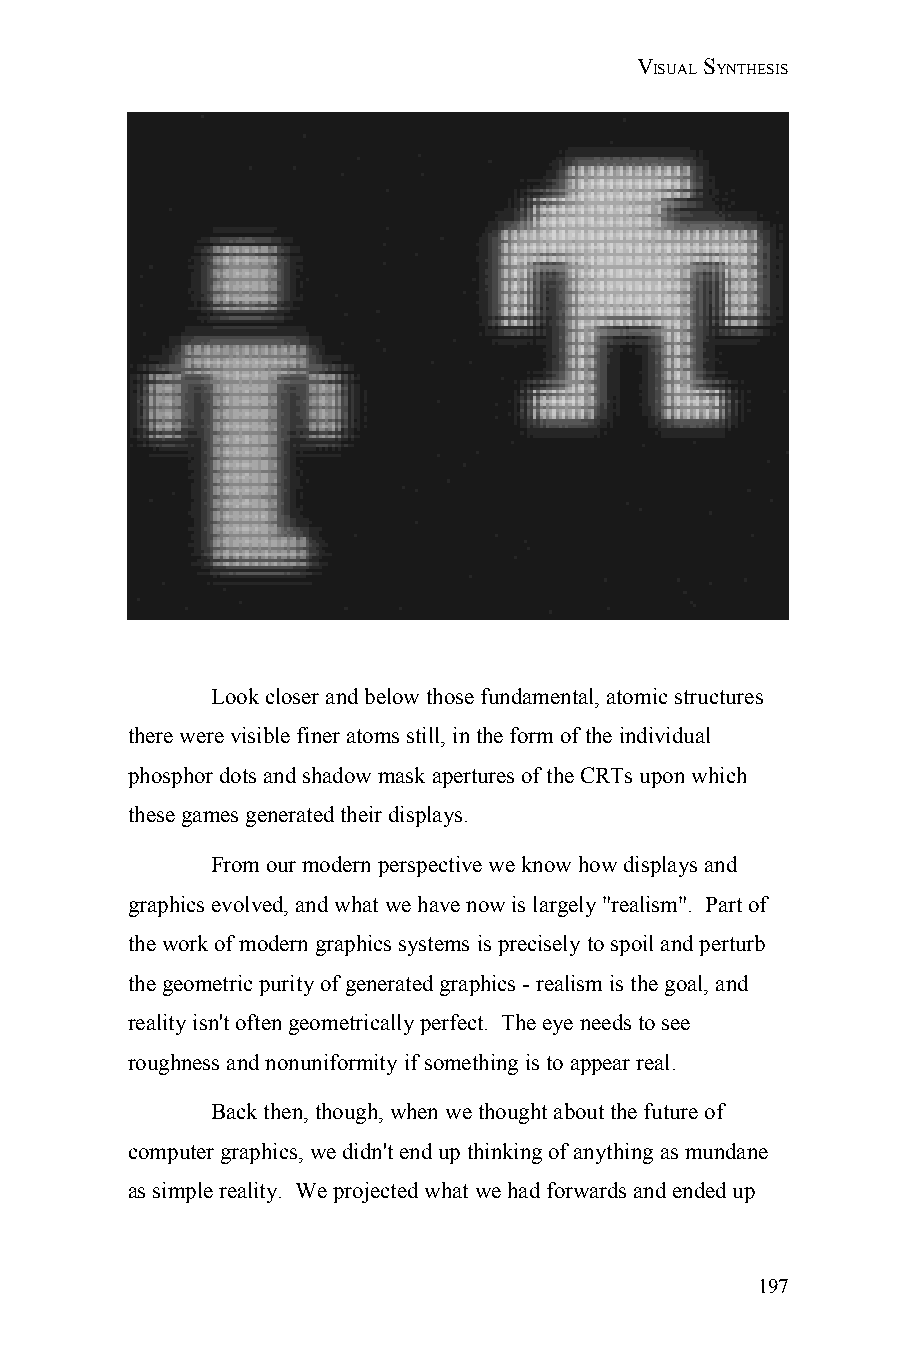
VISUAL SYNTHESIS
 Look closer and below those fundamental, atomic structures
 there were visible finer atoms still, in the form of the individual
 phosphor dots and shadow mask apertures of the CRTs upon which
 these games generated their displays.
 From our modern perspective we know how displays and
 graphics evolved, and what we have now is largely "realism". Part of
 the work of modern graphics systems is precisely to spoil and perturb
 the geometric purity of generated graphics - realism is the goal, and
 reality isn't often geometrically perfect. The eye needs to see
 roughness and nonuniformity if something is to appear real.
 Back then, though, when we thought about the future of
 computer graphics, we didn't end up thinking of anything as mundane
 as simple reality. We projected what we had forwards and ended up
 197